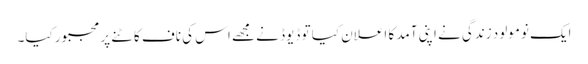
ایک نومولود زندگی نے اپنی آمد کا اعلان کیا تو ڈیوڈ نے مجھے اس کی ناف کاٹنے پر مجبور کیا۔